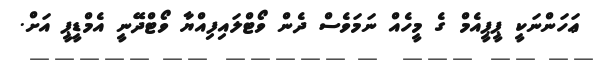
ޢަހަންނަކީ ޕީޕީއެމް ގެ މީހެއް ނަމަވެސް ދެން ވޯޓްލައިފިއްޔާ ވޯޓްދޭނީ އެމްޑީޕީ އަށް.